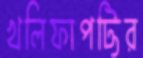
খলিফাপট্টির